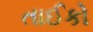
તાઈકો